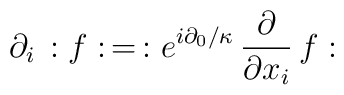
\partial_i\, :f:\,= \,: e^{i\partial_0/\kappa}\,\frac{\partial}{\partial x_i}\, f: